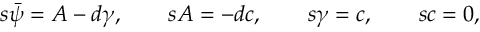
s { \bar { \psi } } = A - d { \gamma } , \quad \quad s A = - d c , \quad \quad s \gamma = c , \quad \quad s c = 0 ,